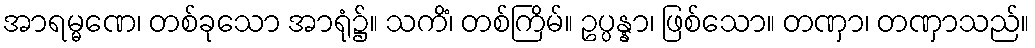
အာရမ္မဏေ၊ တစ်ခုသော အာရုံ၌။ သကိံ၊ တစ်ကြိမ်။ ဥပ္ပန္နာ၊ ဖြစ်သော။ တဏှာ၊ တဏှာသည်။